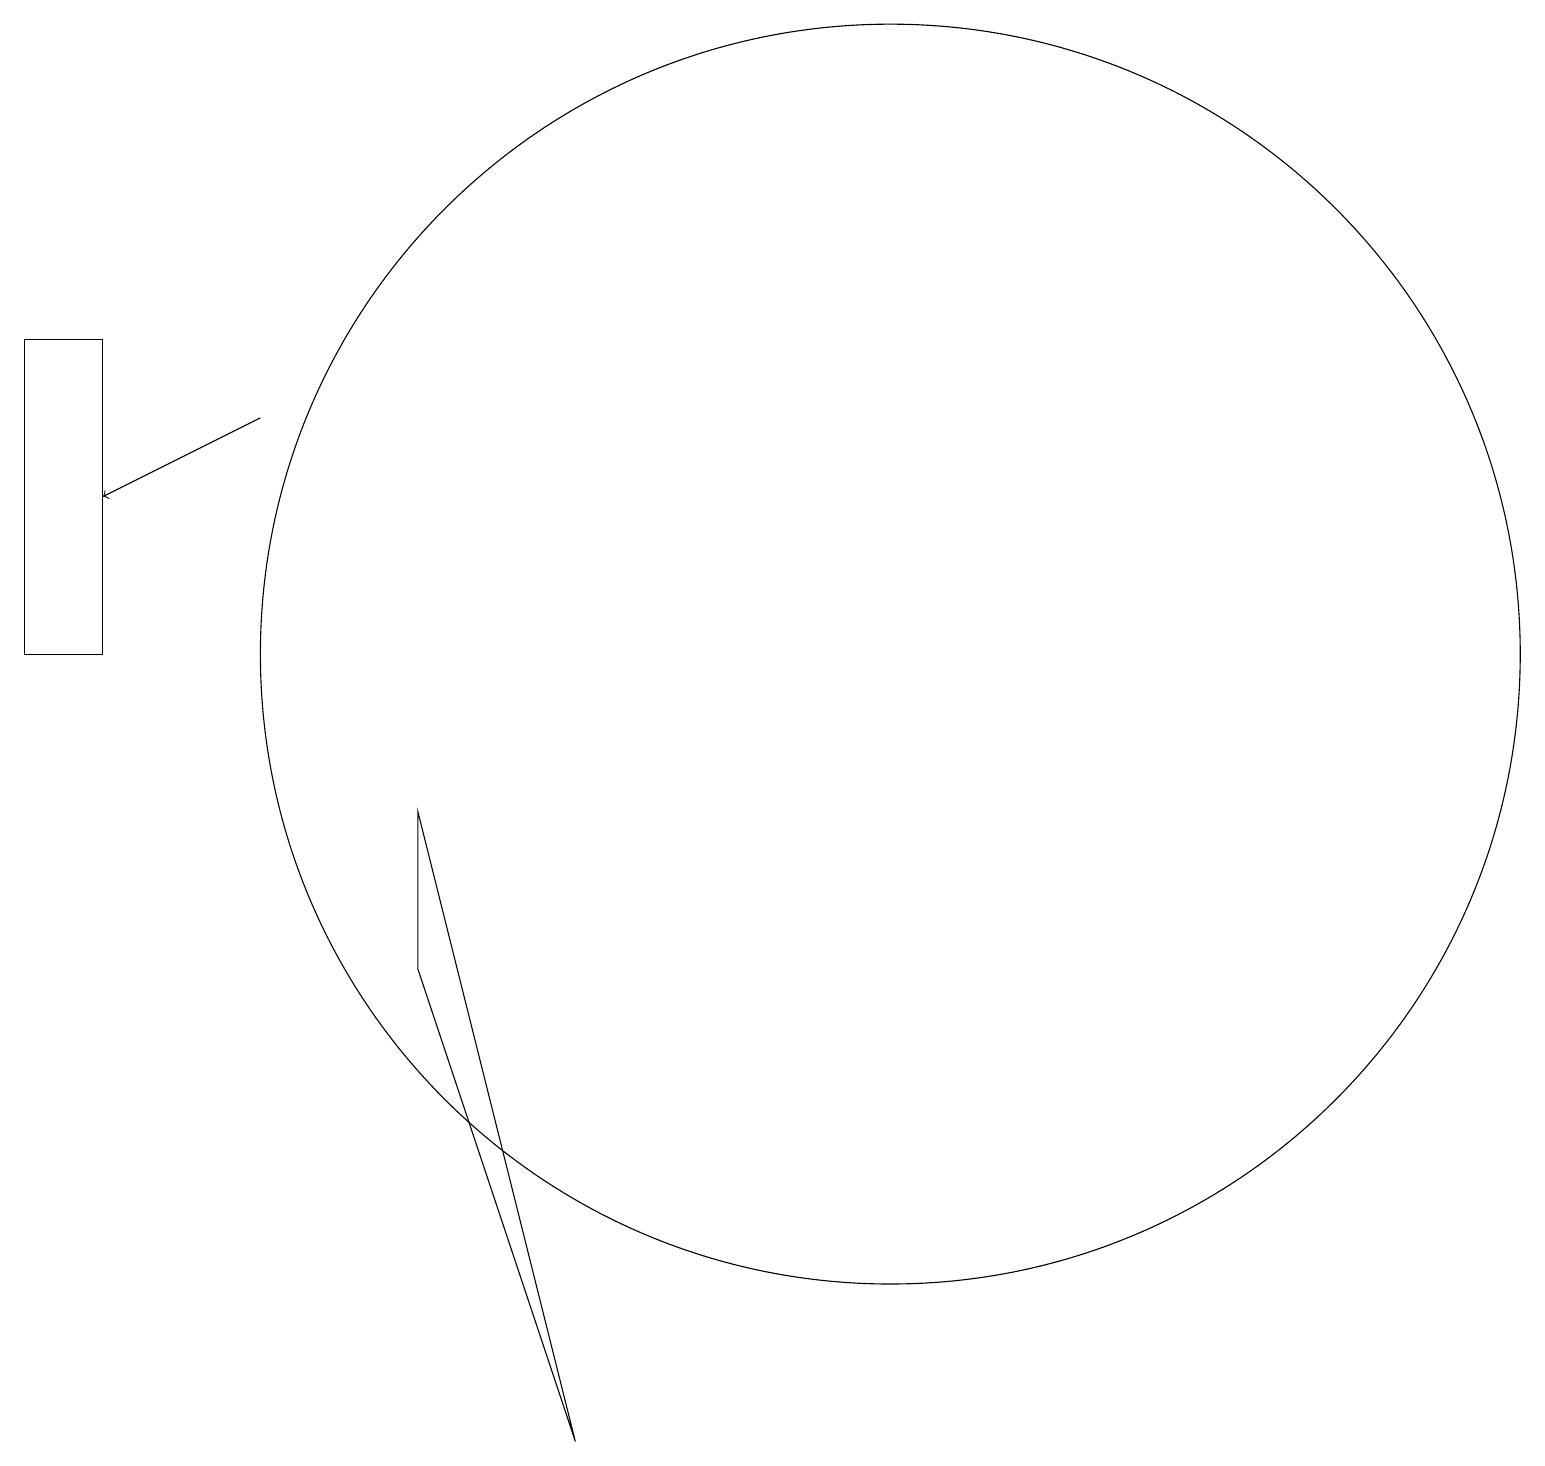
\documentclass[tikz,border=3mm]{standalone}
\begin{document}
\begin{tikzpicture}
\draw (0,10) rectangle (1,14);
\draw (5,8) -- (7,0) -- (5,6) -- cycle;
\draw (11,10) circle (8);
\draw[->] (3,13) -- (1,12);
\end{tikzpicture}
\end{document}